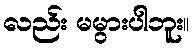
လည်း မမွားပါဘူး။